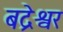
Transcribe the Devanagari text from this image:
बद्रेश्वर